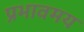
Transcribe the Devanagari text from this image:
प्रभावमय